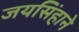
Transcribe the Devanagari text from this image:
जयसिंहाने